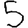
Digit: 5